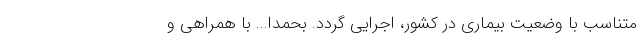
متناسب با وضعیت بیماری در کشور، اجرایی گردد. بحمدا... با همراهی و